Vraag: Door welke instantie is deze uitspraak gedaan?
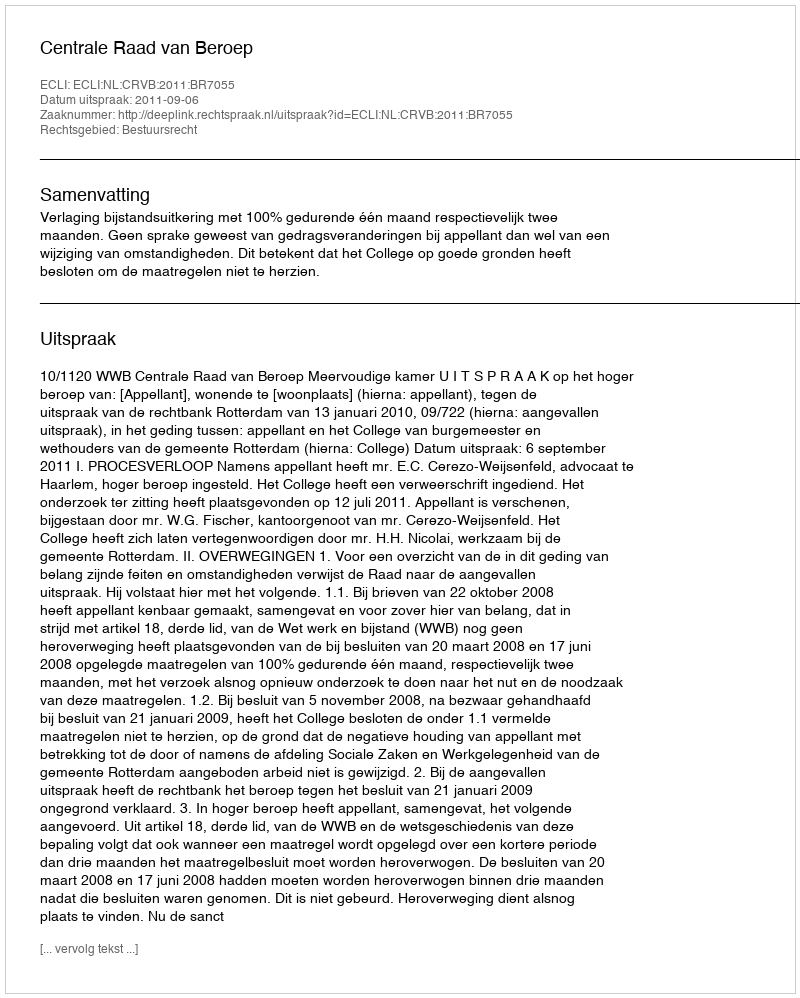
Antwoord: Centrale Raad van Beroep